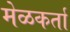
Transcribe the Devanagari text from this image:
मेळकर्ता